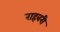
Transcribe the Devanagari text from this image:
राहबरी